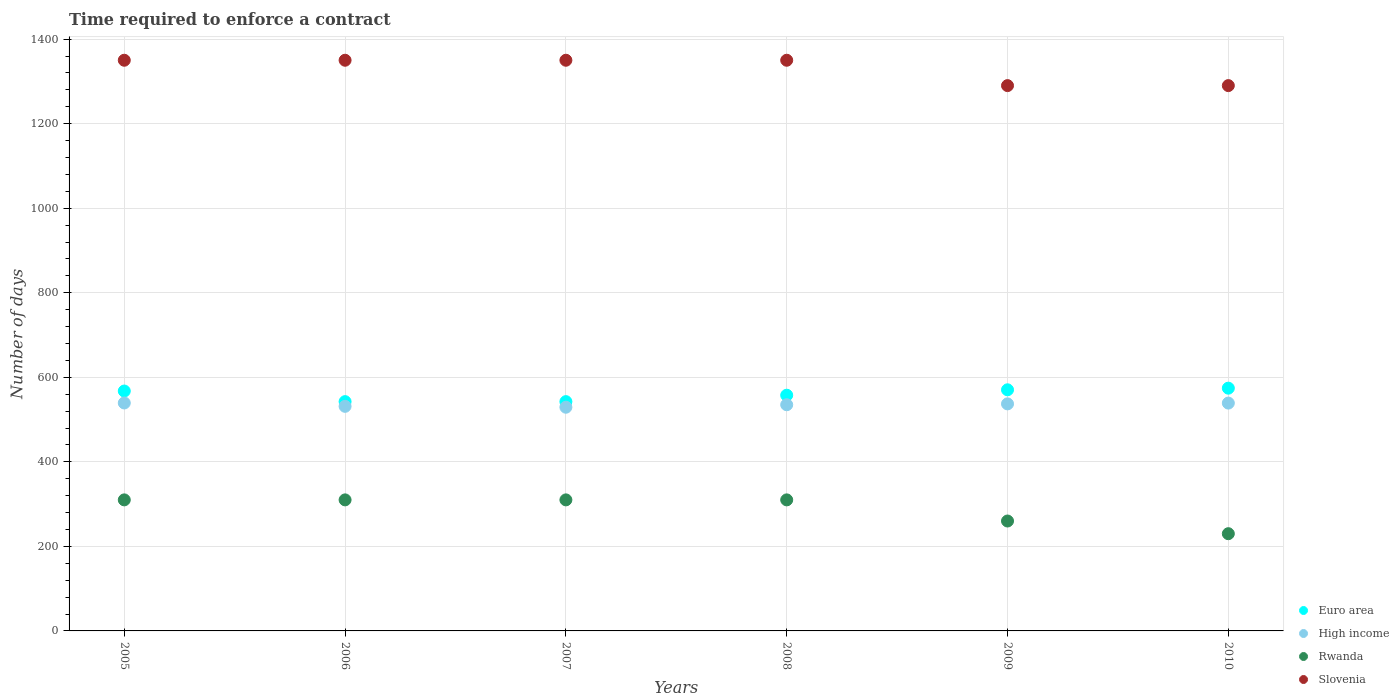
| Years | Euro area | High income | Rwanda | Slovenia |
 | --- | --- | --- | --- | --- |
 | 2005 | 568 | 539 | 310 | 1.35e+03 |
 | 2006 | 542 | 531 | 310 | 1.35e+03 |
 | 2007 | 542 | 529 | 310 | 1.35e+03 |
 | 2008 | 558 | 535 | 310 | 1.35e+03 |
 | 2009 | 570 | 537 | 260 | 1.29e+03 |
 | 2010 | 574 | 539 | 230 | 1.29e+03 |